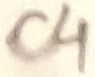
Text: C4